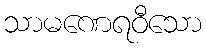
သာမဏေရဝီသော